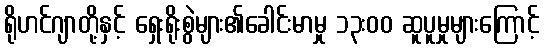
ရိုဟင်ဂျာတို့နှင့် ရှေးရိုးစွဲများ၏ခေါင်းမာမှု ၁၃းဝဝ ဆူပူမှုများကြောင့်